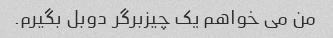
من می خواهم یک چیزبرگر دوبل بگیرم.